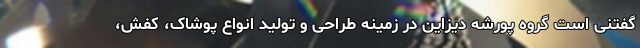
گفتنی است گروه پورشه دیزاین در زمینه طراحی و تولید انواع پوشاک، کفش،